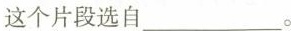
这个片段选自___。